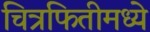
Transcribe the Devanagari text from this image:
चित्रफितीमध्ये